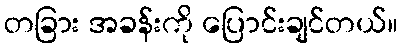
တခြား အခန်းကို ပြောင်းချင်တယ်။